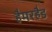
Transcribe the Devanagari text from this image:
हैमरहैड